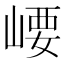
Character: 崾